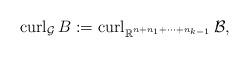
LaTeX: \begin{align*}\operatorname{curl}_{\mathcal G} B := \operatorname{curl}_{\mathbb R^{n+n_1+\cdots+n_{k-1}}} \mathcal B,\end{align*}